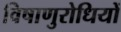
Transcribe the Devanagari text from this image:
विषाणुरोधियों